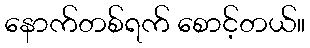
နောက်တစ်ရက် စောင့်တယ်။